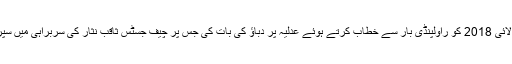
اسلام آباد ہائی کورٹ کے سینئر جسٹس شوکت عزیز صدیقی نے 21 جولائی 2018 کو راولپنڈی بار سے خطاب کرتے ہوئے عدلیہ پر دباؤ کی بات کی جس پر چیف جسٹس ثاقب نثار کی سربراہی میں سپریم جوڈیشل کونسل نے سخت نوٹس لیا اور ان کو شوکاز نوٹس جاری کیا۔